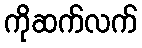
ကိုဆက်လက်